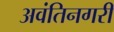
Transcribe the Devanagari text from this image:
अवंतिनगरी